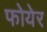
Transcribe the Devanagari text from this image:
फोयेर